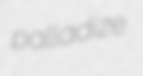
palladize